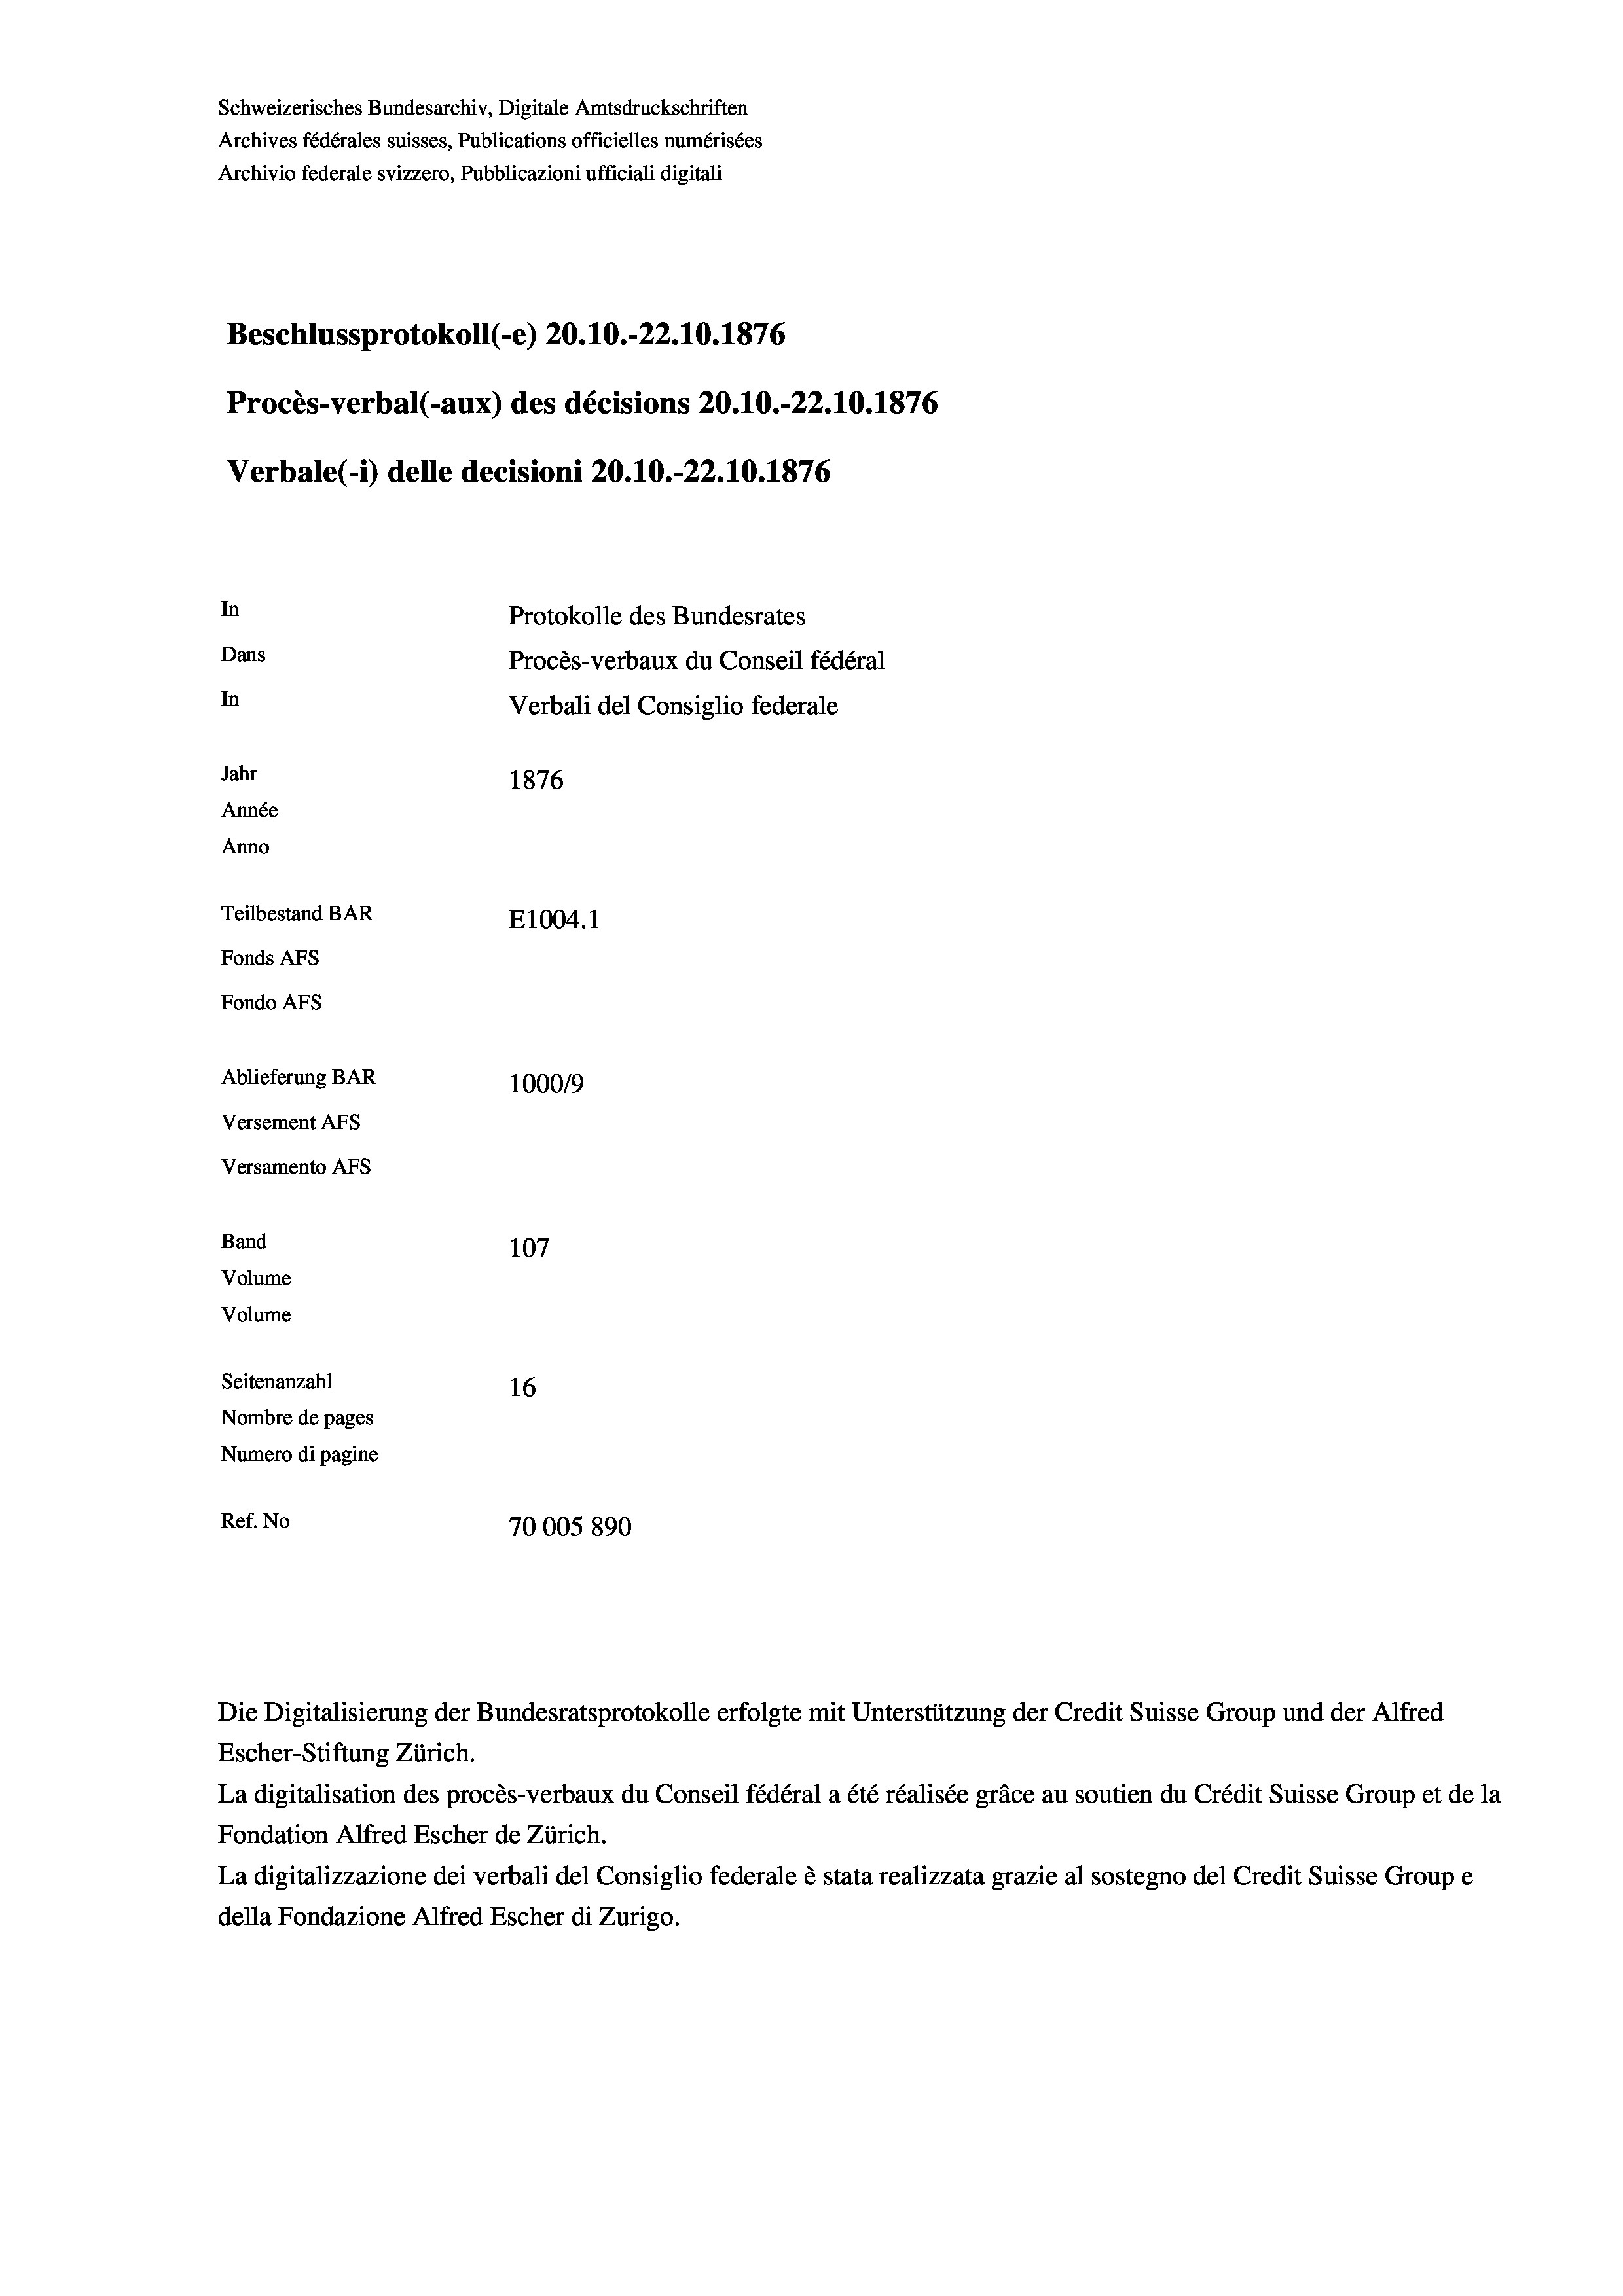
Schweizerisches Bundesarchiv, Digitale Amtsdruckschriften
Archives fédérales suisses, Publications officielles numérisées
Archivio federale svizzero, Pubblicazioni ufficiali digitali
Beschlussprotokoll (-e) 20.10.-22.10.1876
Procès-verbal (-aux) des décisions 20.10.-22.10.1876
Verbale (1) delle decisioni 20.10.-22.10.1876
In
Protokolle des Bundesrates
Dans
Procès-verbaux du Conseil fédéral
In
Verbali del Consiglio federale
Jahr
1876
Année
Anno
Teilbestand BAR
E1004. 1
Fonds AFs
Fondo AFS
Ablieferung BAR
100019
Versement AFs
Versamento Afs
Band
107
Volume
Volume

Seitenanzahl
16
Nombre de pages
Numero di pagine
Ref. No
70005 890

Escher-Stiftung Zürich.
La digitalisation des procès-verbaux du Conseil fédéral a été réalisée gräce au soutien du Crédit Suisse Group et de la
Fondation Alfred Escher de Zürich.
La digitalizzazione dei verbali del Consiglio federale è stata realizzata grazie al sostegno del Credit Suisse Groupe
della Fondazione Alfred Escher di Zurigo.

Die Digitalisierung der Bundesratsprotokolle erfolgte mit Unterstützung der Credit Suisse Group und der Alfred